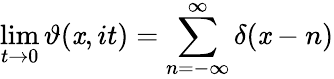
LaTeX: \operatorname*{lim}_{t\to0}\vartheta(\mathit{x},it)=\sum_{n=-\infty}^{\infty}\delta(\mathit{x}-n)